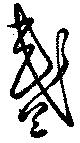
盞